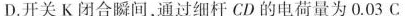
D.开关K闭合瞬间，通过细杆CD的电荷量为0.03C